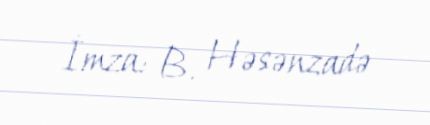
İmza: B. Həsənzadə